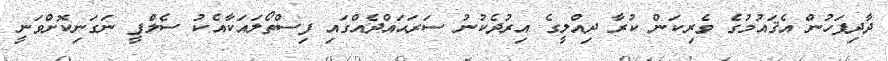
ދާދިފަހުން އެޤައުމުގެ ވެރިކަން ކުރާ ދިއްލީގެ އިރުދެކުނު ސަރަޙައްދެއްގައި ފިސްތޯލައަކާއެކު ސެލްފީ ނަގަނިކޮށްވަނީ